Indian journal of veterinary science and animal husbandry - Volume 12,
Year: 1942
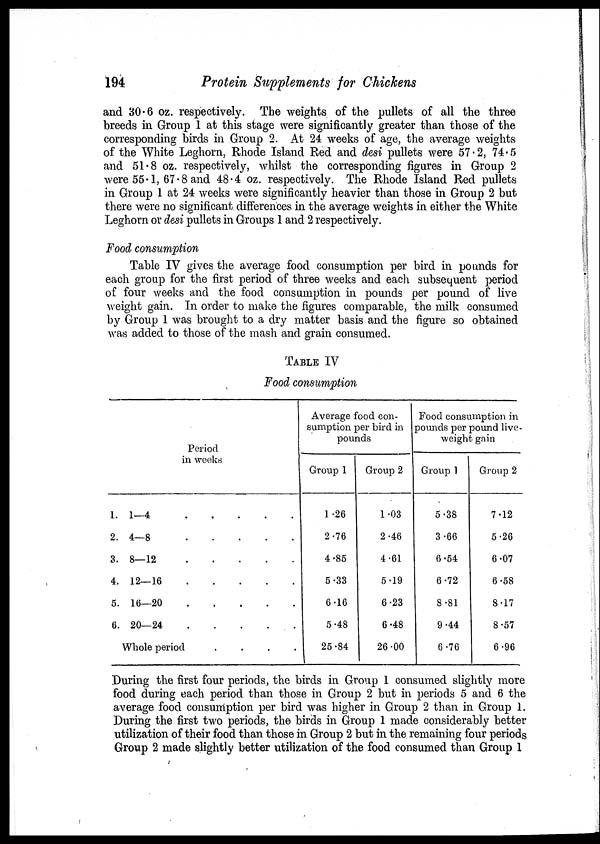
194
Protein Supplements for Chickens
and 30.6 oz. respectively. The weights of the pullets of all the three
breeds in Group 1 at this stage were significantly greater than those of the
corresponding birds in Group 2. At 24 weeks of age, the average weights
of the White Leghorn, Rhode Island Red and desi pullets were 57.2, 74.5
and 51.8 oz. respectively, whilst the corresponding figures in Group 2
were 55.1, 67.8 and 48.4 oz. respectively. The Rhode Island Red pullets
in Group 1 at 24 weeks were significantly heavier than those in Group 2 but
there were no significant differences in the average weights in either the White
Leghorn or desi pullets in Groups 1 and 2 respectively.
Food consumption
Table IV gives the average food consumption per bird in pounds for
each group for the first period of three weeks and each subsequent period
of four weeks and the food consumption in pounds per pound of live
weight gain. In order to make the figures comparable, the milk consumed
by Group 1 was brought to a dry matter basis and the figure so obtained
was added to those of the mash and grain consumed.
TABLE IV
Food consumption
Period
in weeks
1. 1—4
2. 4—8
3. 8—12
4. 12—16
5. 16—20
6. 20—24
Whole period
....
Average food con-
sumption per bird in
pounds
Group 1
1.26
2.76
4.85
5.33
6.16
5.48
25.84
Group 2
1.03
2.46
4.61
5.19
6.23
6.48
26.00
Food consumption in
pounds per pound live-
weight gain
Group 1
5.38
3.66
6.54
6.72
8.81
9.44
6.76
Group 2
7.12
5.26
6.07
6.58
8.17
8.57
6.96
During the first four periods, the birds in Group 1 consumed slightly more
food during each period than those in Group 2 but in periods 5 and 6 the
average food consumption per bird was higher in Group 2 than in Group 1.
During the first two periods, the birds in Group 1 made considerably better
utilization of their food than those in Group 2 but in the remaining four periods
Group 2 made slightly better utilization of the food consumed than Group 1